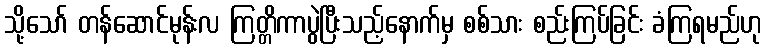
သို့သော် တန်ဆောင်မုန်းလ ကြတ္တိကာပွဲပြီးသည့်နောက်မှ စစ်သား စည်းကြပ်ခြင်း ခံကြရမည်ဟု